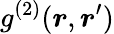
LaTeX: g^{(2)}(\boldsymbol{r},\boldsymbol{r}^{\prime})